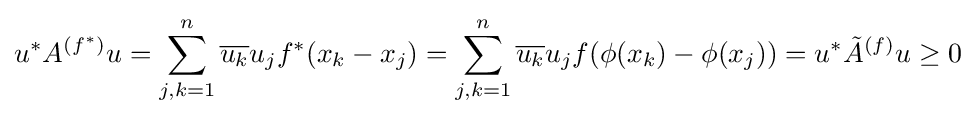
u^{*}A^{(f^{*})}u=\sum _{j,k=1}^{n}{\overline {u_{k}}}u_{j}f^{*}(x_{k}-x_{j})=\sum _{j,k=1}^{n}{\overline {u_{k}}}u_{j}f(\phi (x_{k})-\phi (x_{j}))=u^{*}{\tilde {A}}^{(f)}u\geq 0